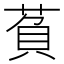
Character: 萯